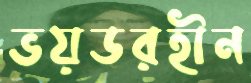
ভয়ডরহীন